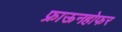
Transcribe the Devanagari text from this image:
फ्राऊनहोफर